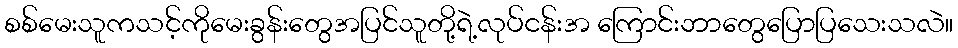
စစ်မေးသူကသင့်ကိုမေးခွန်းတွေအပြင်သူတို့ရဲ့လုပ်ငန်းအ ကြောင်းဘာတွေပြောပြသေးသလဲ။